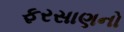
ફરસાણનો